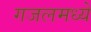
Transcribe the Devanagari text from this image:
गजलमध्ये